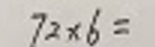
$72\times6 =$